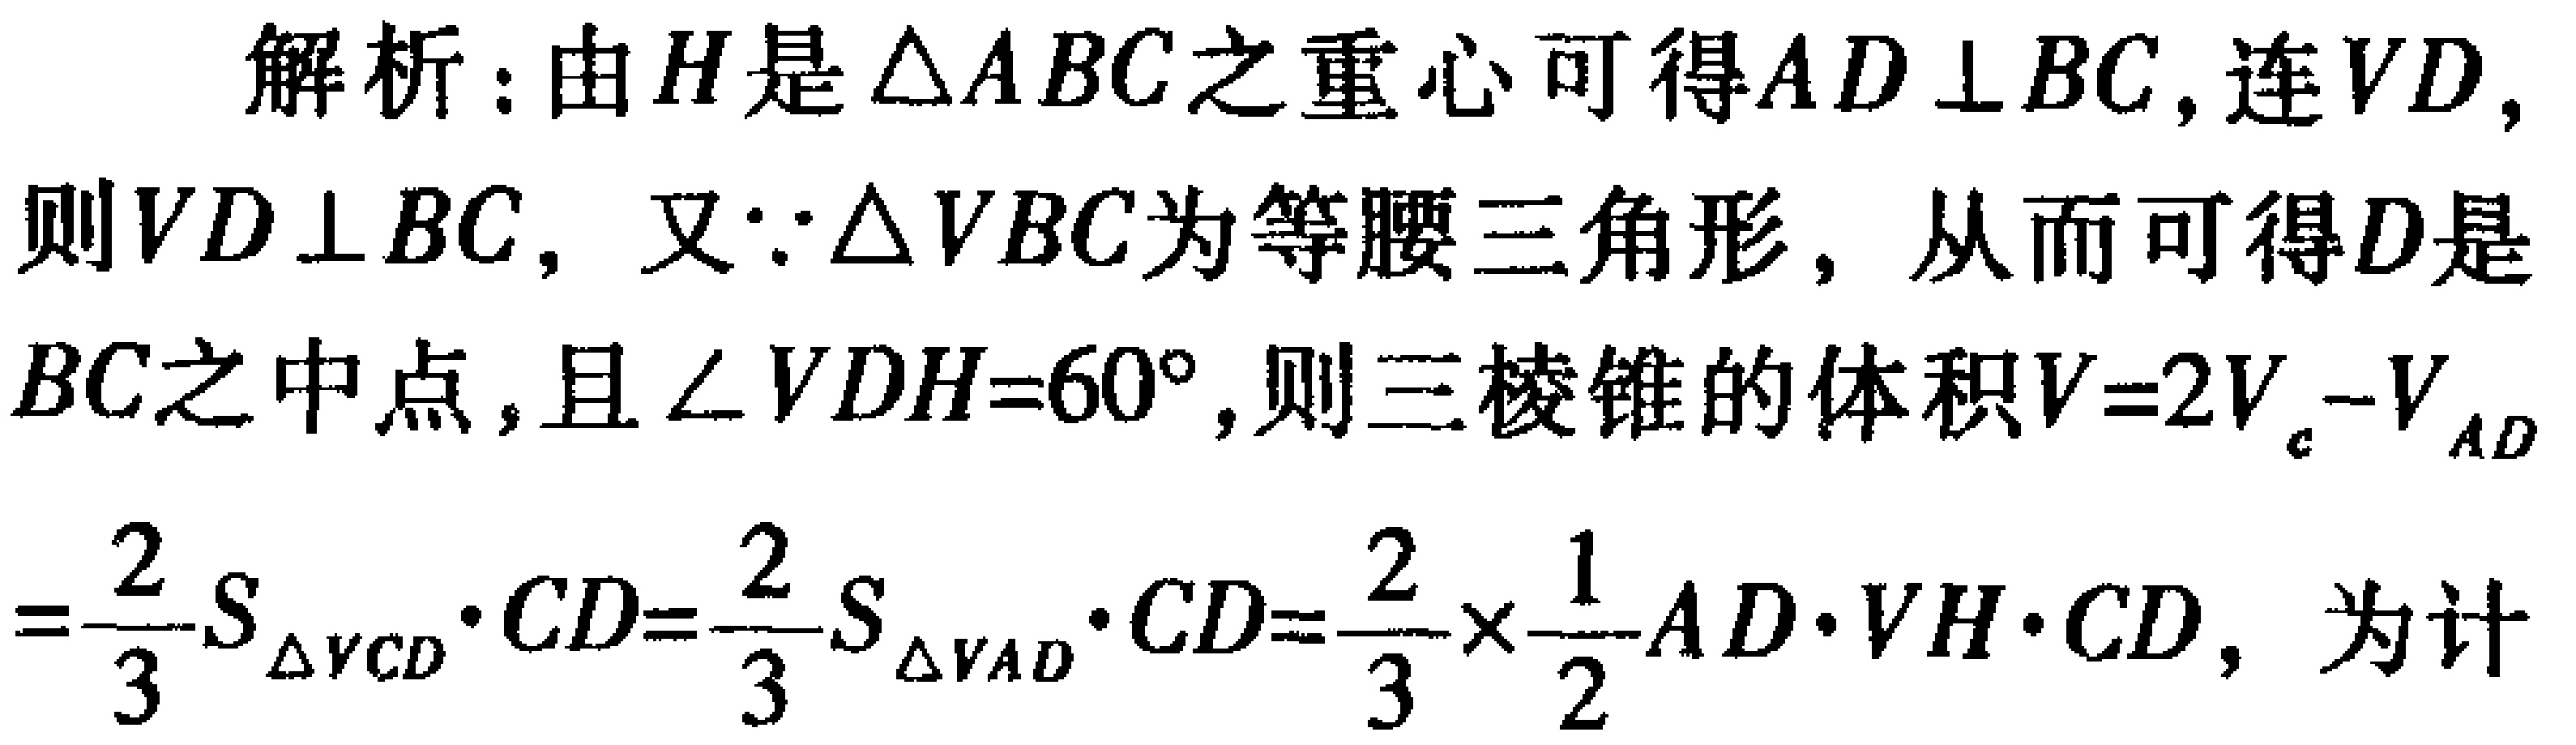
解析：由\(H\)是\(\triangle ABC\)之重心可得\(AD \perp BC\)，连\(VD\)，则\(VD \perp BC\)，又\(\because\triangle VBC\)为等腰三角形，从而可得\(D\)是\(BC\)之中点，且\(\angle VDH = 60^{\circ}\)，则三棱锥的体积\(V = 2V_{c} - V_{AD}\)
\(=\frac{2}{3}S_{\triangle VCD}\cdot CD=\frac{2}{3}S_{\triangle VAD}\cdot CD=\frac{2}{3}\times\frac{1}{2}AD\cdot VH\cdot CD\)，为计